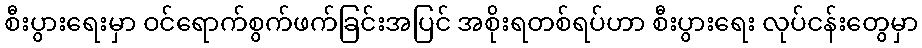
စီးပွားရေးမှာ ဝင်ရောက်စွက်ဖက်ခြင်းအပြင် အစိုးရတစ်ရပ်ဟာ စီးပွားရေး လုပ်ငန်းတွေမှာ